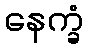
နေက္ခံ